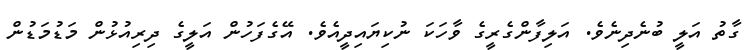
ގާތު އަލީ ބުނެދިނެވެ. އަލިފާންގެރީގެ ވާހަކަ ނުކިޔައިދީއެވެ. އޭގެފަހުން އަލީގެ ދިރިއުޅުން މަޑުމަޑުން